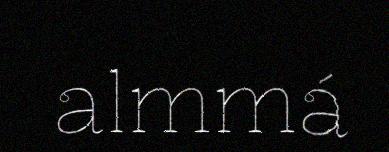
almmá